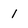
Character: 1